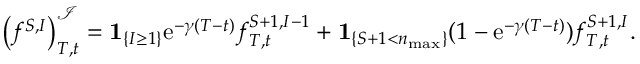
\left( f ^ { S , I } \right) _ { T , t } ^ { \mathcal { I } } = \mathbf { 1 } _ { \left\{ I \geq 1 \right\} } \mathrm { e } ^ { - \gamma ( T - t ) } f _ { T , t } ^ { S + 1 , I - 1 } + \mathbf { 1 } _ { \left\{ S + 1 < n _ { \operatorname* { m a x } } \right\} } ( 1 - \mathrm { e } ^ { - \gamma ( T - t ) } ) f _ { T , t } ^ { S + 1 , I } .